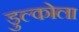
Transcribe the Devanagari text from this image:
डुल्कोला